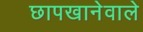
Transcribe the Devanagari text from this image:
छापखानेवाले